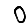
Digit: 0